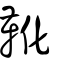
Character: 靴